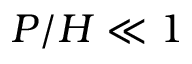
P / H \ll 1